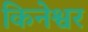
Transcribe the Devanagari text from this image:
किनेश्वर